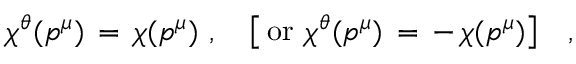
\chi ^ { \theta } ( p ^ { \mu } ) \, = \, \chi ( p ^ { \mu } ) \, \, , \quad \big [ \, \mathrm { o r } \, \, \chi ^ { \theta } ( p ^ { \mu } ) \, = \, - \, \chi ( p ^ { \mu } ) \big ] \quad ,